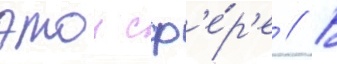
этои сф'е́р'е // В